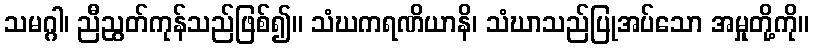
သမဂ္ဂါ၊ ညီညွတ်ကုန်သည်ဖြစ်၍။ သံဃကရဏိယာနိ၊ သံဃာသည်ပြုအပ်သော အမှုတို့ကို။